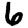
Digit: 6